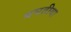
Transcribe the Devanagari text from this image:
बघतीया